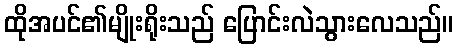
ထိုအပင်၏မျိုးရိုးသည် ပြောင်းလဲသွားလေသည်။